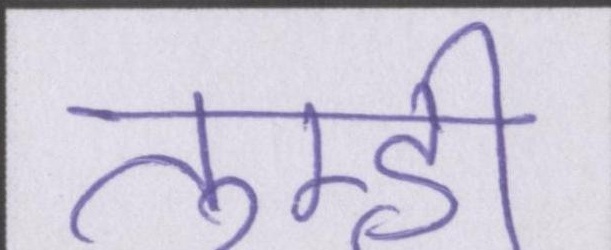
तुम्ही